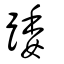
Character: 踒